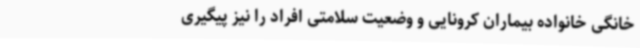
خانگی خانواده بیماران کرونایی و وضعیت سلامتی افراد را نیز پیگیری